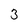
Character: 3